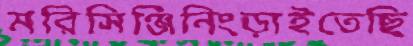
মরিসিঞ্জিনিংড়াইতেছি